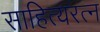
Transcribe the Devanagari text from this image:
साहित्यरत्‍न